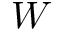
W